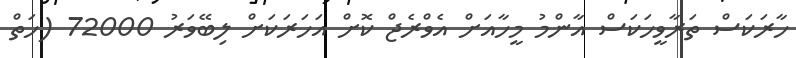
ހާރަކަސް ތަރާވީހަކަސް އާންމު މީހާއަށް އެވްރެޖް ކޮށް އަހަރަކަށް ލިބޭވަރު 72000 (ހަތް